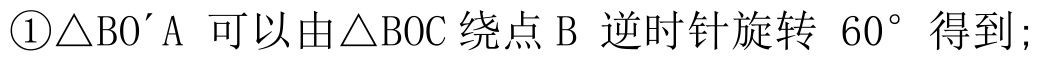
\textcircled{1}\(\triangle BO'A\) 可以由\(\triangle BOC\)绕点 \(B\) 逆时针旋转 \(60^{\circ}\) 得到;